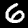
Label: 6